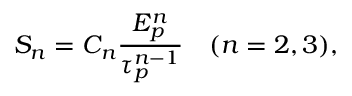
S _ { n } = C _ { n } \frac { E _ { p } ^ { n } } { \tau _ { p } ^ { n - 1 } } \quad ( n = 2 , 3 ) ,